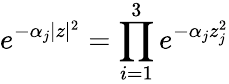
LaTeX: e^{-\alpha_{j}|z|^{2}}=\prod_{i=1}^{3}e^{-\alpha_{j}z_{j}^{2}}